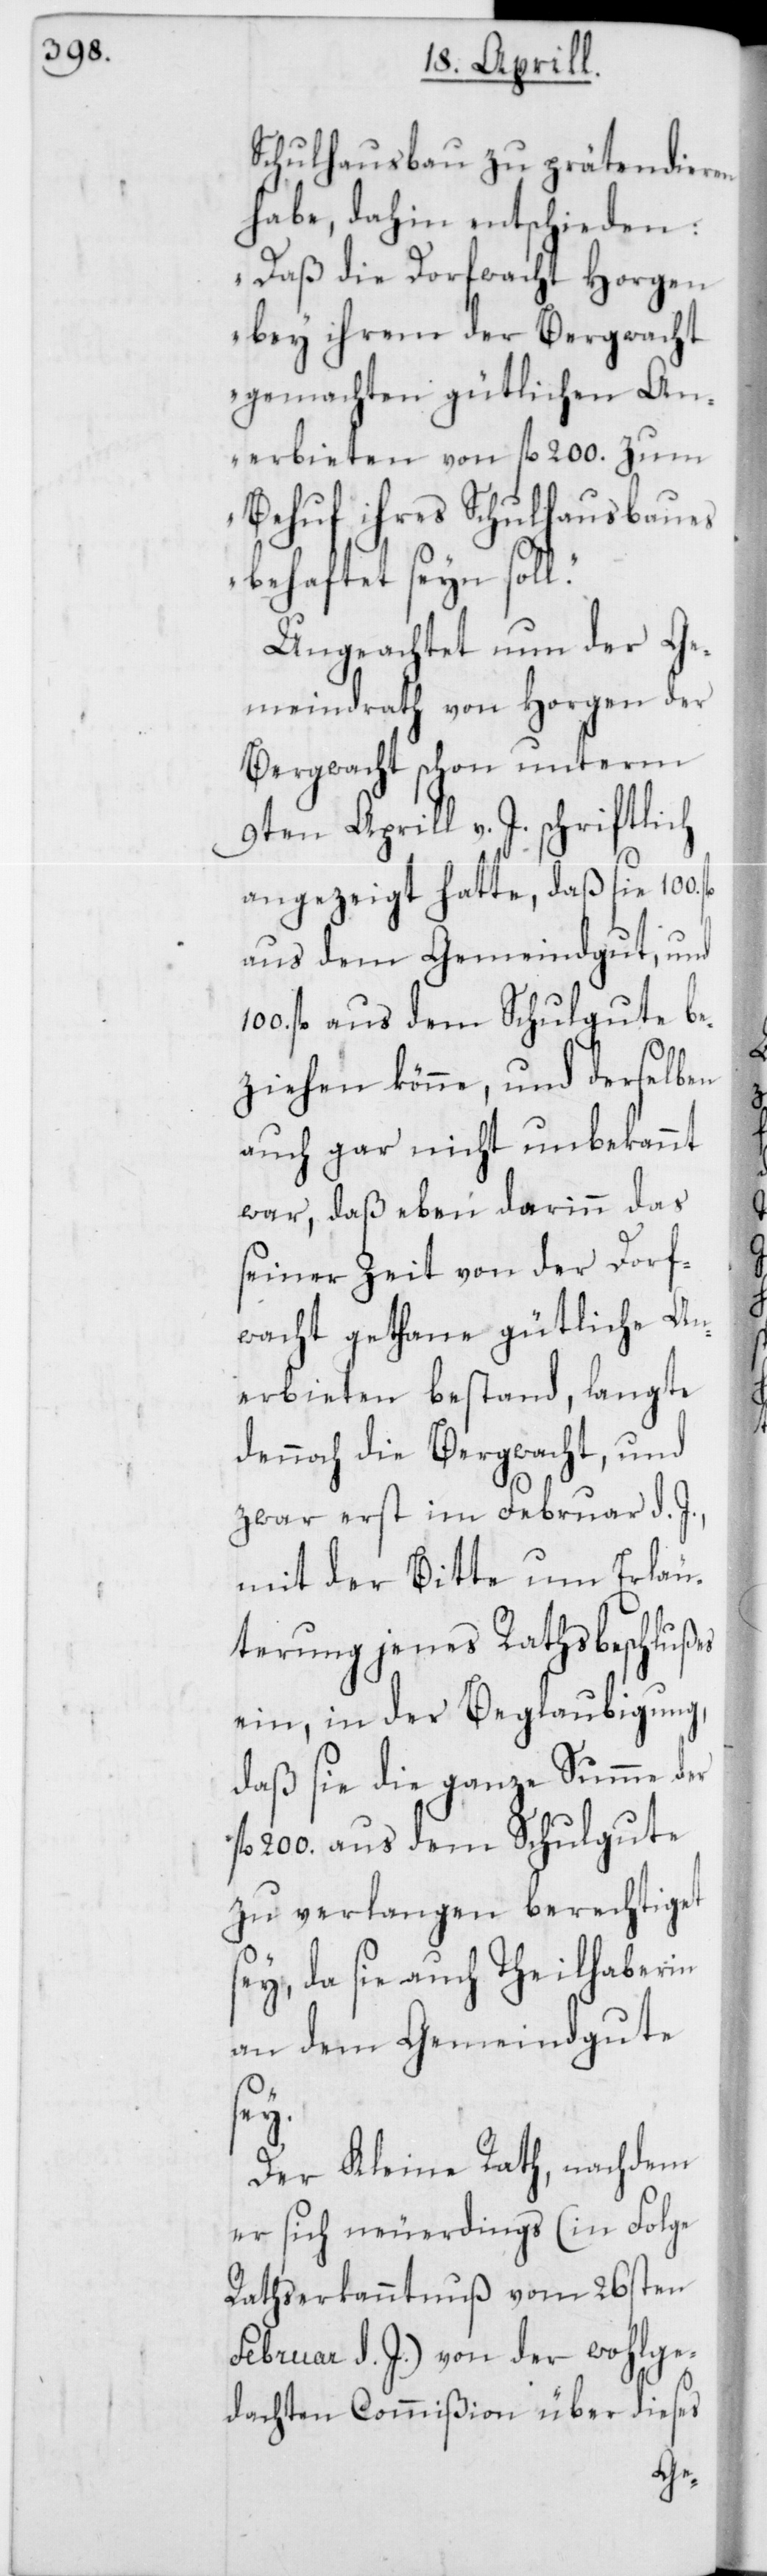
Schulhausbau zu prätendieren
habe, dahin entschieden:
„Daß die Dorfwacht Horgen
bey ihrem der Bergwacht
gemachten gütlichen An¬
inn
erbieten von fl. 200.
Behuf ihres Schul¬
chlußes
behaftet seyn sol¬
Ungeachtet nun der Ge¬
meindrath von Horgen der
erechti¬
Bergwacht schon un¬
9ten Aprill v. J.
100.
angezeigt hatte, daß
t, und
aus dem Gemeind¬
fl. aus dem Schulgute be¬
ziehen könne, und derselben
auch gar nicht unbekannt
war, daß eben dar¬
seiner Zeit von der
fwacht gethane güt¬
erbieten bestand,
dennoch die Bergwach¬
zwar erst im Fe¬
mit der Bitte um
terung jenes Raths¬
ein, in der Beglaub¬
daß sie die ganze
fl. 200. aus dem
zu verlangen b¬
in
ey, da sie auch Thei¬
an dem Gemeind¬
sey.
Der Kleine Rath, nachdem
er sich neuerdings (in Folge
Rathserkanntnuß vom 26sten
Februar d. J.) von der wohlge¬
dachten Commißion über dieses
gute